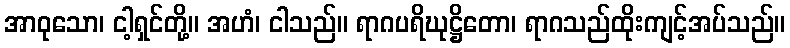
အာဝုသော၊ ငါ့ရှင်တို့။ အဟံ၊ ငါသည်။ ရာဂပရိဃုဋ္ဌိတော၊ ရာဂသည်ထိုးကျင့်အပ်သည်။